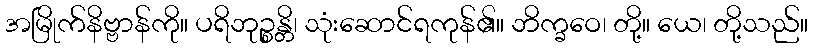
အမြိုက်နိဗ္ဗာန်ကို။ ပရိဘုဉ္စန္တိ၊ သုံးဆောင်ရကုန်၏။ ဘိက္ခဝေ၊ တို့။ ယေ၊ တို့သည်။